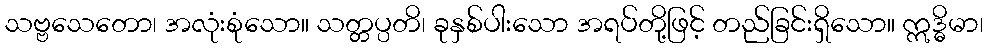
သဗ္ဗသေတော၊ အလုံးစုံသော။ သတ္တပ္ပတိ၊ ခုနှစ်ပါးသော အရပ်တို့ဖြင့် တည်ခြင်းရှိသော။ ဣဒ္ဓိမာ၊